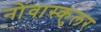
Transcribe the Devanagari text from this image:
नोंवास्कुलर